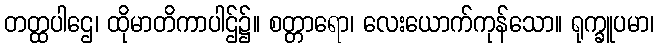
တတ္ထပါဌေ၊ ထိုမာတိကာပါဌ်၌။ စတ္တာရော၊ လေးယောက်ကုန်သော။ ရုက္ခူပမာ၊